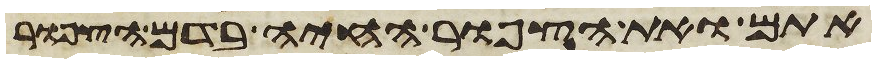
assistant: אתם ואת הצפור החיה בדם הצפור